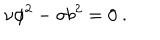
\nu \phi ^ { 2 } - \sigma b ^ { 2 } = 0 ~ .